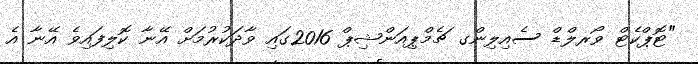
"ޓޮޕްކެޓް ވޯރލްޑް ސެއިލިންގ ޗެމްޕިއަންޝިޕް 2016ގައި ވާދަކުރުމަށް އޭނާ ކޮލިފައިވެ އޭނާ އެ